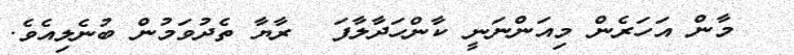
މާން އަހަރެން މިއަންނަނީ ކާންހަދާލާފަ  ރާޔާ ތެދުވަމުން ބުނެލިއެވެ.